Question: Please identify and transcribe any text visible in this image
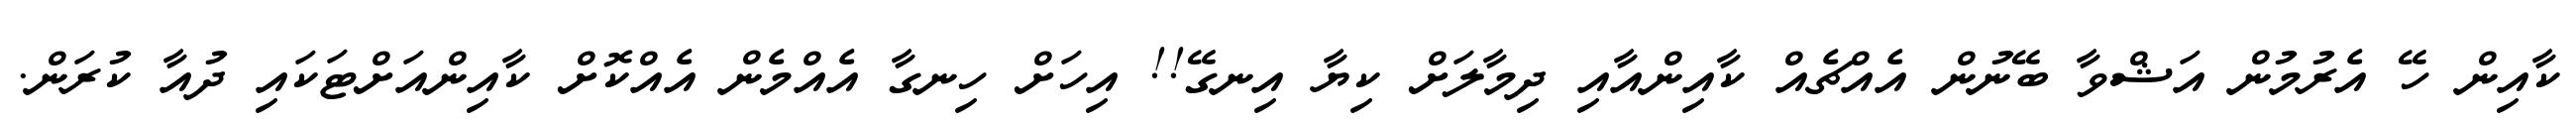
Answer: ކާއިން ހޭ އެރުމުން އަޝްވާ ބޭނުން އެއްޗެއް ކާއިންއާއި ދިމާލަށް ކިޔާ އިނގޭ!! އިހަށް ހިނގާ އެއްމެން އެއްކޮށް ކާއިންއަށްޓަކައި ދުއާ ކުރަން.